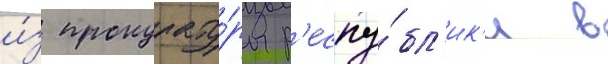
и́з прокурату́ры р'еспу́бл'ик'и в